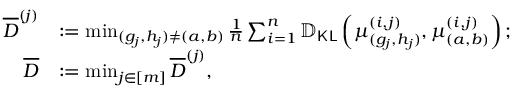
\begin{array} { r l } { \overline { { D } } ^ { ( j ) } } & { : = \operatorname* { m i n } _ { ( g _ { j } , h _ { j } ) \neq ( a , b ) } \frac { 1 } { n } \sum _ { i = 1 } ^ { n } \mathbb { D } _ { \mathsf { K L } } \left( \boldsymbol { \mu } _ { ( g _ { j } , h _ { j } ) } ^ { ( i , j ) } , \boldsymbol { \mu } _ { ( a , b ) } ^ { ( i , j ) } \right) ; } \\ { \overline { { D } } } & { : = \operatorname* { m i n } _ { j \in [ m ] } \overline { { D } } ^ { ( j ) } , } \end{array}